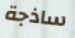
ساذجة